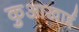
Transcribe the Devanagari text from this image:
कुआखाई